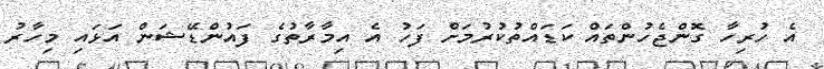
އެ ހުރިހާ ގޮންޖެހުންތައް ކަޑައްތުކުރުމަށް ފަހު އެ އިމާރާތުގެ ފައުންޑޭޝަން އަޅައި މިހާރު